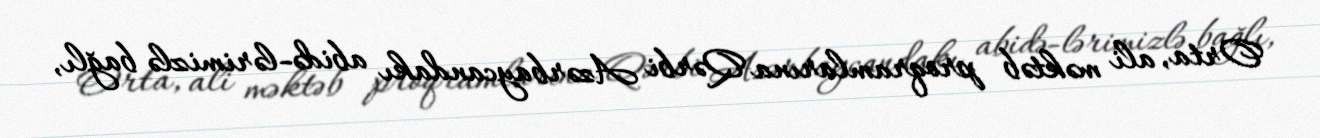
Orta, ali məktəb proqramlarına Qərbi Azərbaycandakı abidə­lərimizlə bağlı,